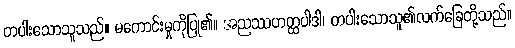
တပါးသောသူသည်။ မကောင်းမှုကိုပြု၏။ အညဿဟတ္ထပါဒါ၊ တပါးသောသူ၏လက်ခြေတို့သည်။